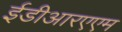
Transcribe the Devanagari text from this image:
ईडीआरएएम